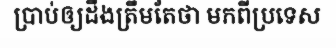
ប្រាប់ឲ្យដឹងត្រឹមតែថា មកពីប្រទេស